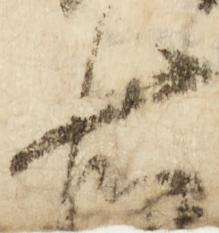
右